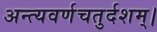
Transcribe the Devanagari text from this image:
अन्त्यवर्णचतुर्दशम्।